Leaving Certificate Examination, 1916
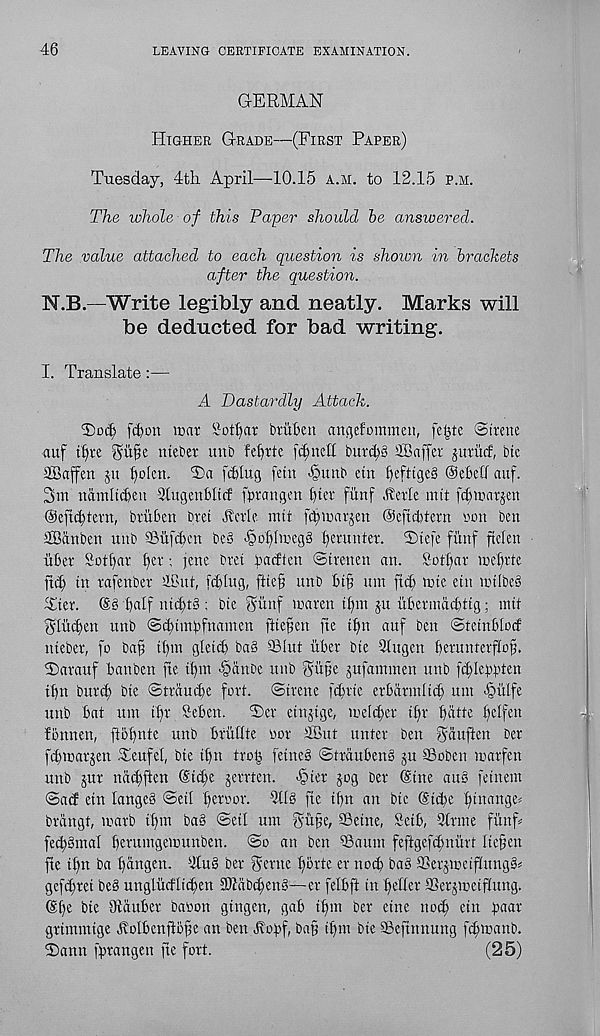
46
LEAVING CERTIFICATE EXAMINATION.
GERMAN
Higher Grade—(First Paper)
Tuesday, 4tli April—10.15 a.m. to 12.15 p.m.
The whole of this Paper should be answered.
The value attached to each question is shown in brackets
after the question.
N.B—Write legibly and neatly. Marks will
be deducted for bad writing.
I. Translate:—
A Dastardly Attack.
T)oc^ [cton war SoitjaT btulert ancjefommen, feijtc @irene
auf tl)re
ntebet unb fet)rte fcf)nell bur^S SSaffer juriicf, bte
SBaffen ju l)o(en. T)a feting [etn -§unb etn tefttge§ ©eBeff auf.
3m namltcBen 3tugenBItcf [prangen tiw funf Aerie mit fctwarjen
©eftcttern, briiBen bret Aerie nut [dprarjen ©eficttern non ben
SBanben unb SBrtfdH'n be§ >§of)lweg§ t erun Rr. 3)te[e fitnf ftelen
liber Sotf)ar tfer; jene bret pacften ©trenen an. Sot£)ar mel)rte
ft cl; tn rafenber ®ut, [(ting, ftie§ unb Btfi um fid) wte etn mtlbeS
Tier.
BMf ntcBG ; bte Slinf maren tf)ni ju iibermdcBttg; mit
glucten unb ©d)tmpfnamen fttepen fte tlpt auf ben ©tetnblocf
ntebcr, fo ba§ tl)m gletcb ba§ Slut liber bte llugcn berunterflof.
2)arauf banben fte tf)tu >§ctnbe unb ^lipe gufammen unb fctleppten
tlfn buret bte ©traud)e fori. ©Irene fd>tte erbarntltd) mn -§iilfe
unb bat unt tl)r Seben.
©er etnjtge, welder tbv biitte t)clfen
fonnen, ftbffnte unb brlillte nor iffiut unter ben Aauften Der
fd)marjen Teufel, bte tt)n tro£ fetneb ©traubenS ju ©oben marfen
unb jur nattften (St^e jerrten. -§ter jog Der @hte au§ fetnent
©ad etn langeS ©etl terror. atl§ fte tbn an bte @td>e t' unn 3 c<
brdngt, warb tf)tn ba§ ©ctl unt
Seine, Setb, 3trme flint
fect§mal beruingemunben. ©o an ben Sattnt feftgefd)niirl (tefen
fte tl)n ba tangen. aiu§ ber Sente ftorte er nocb bab Serjmctflttng^
gefitret beg ungliidlicten SWab^eng—er felbft in teller Serjwetflung.
®e bie Diauber baron gtngen, gab ttm ber elite noct etn paar
grtntnttge Aolbenfibte an ben Aopf, ba§ ttm bte Seftnnung fetwanb.
©amt fprangen fte fort.
(25)